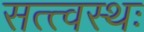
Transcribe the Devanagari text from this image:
सत्त्वस्थः